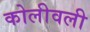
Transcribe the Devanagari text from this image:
कोलीवली